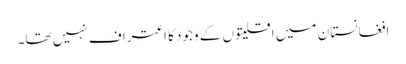
افغانستان میں اقلیتوں کے وجود کا اعتراف نہیں تھا۔